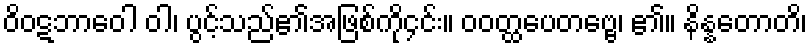
ဝိဝဋဘာဝေါ ဝါ၊ ပွင့်သည်၏အဖြစ်ကို၄င်း။ ဝဝတ္ထပေတဗ္ဗေ၊ ၏။ နိန္နတောတိ၊